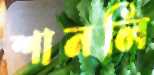
শানলি